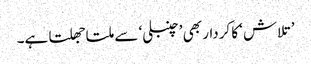
’تلاش ‘کا کردار بھی ’چنبلی‘ سے ملتا جھلتا ہے۔